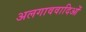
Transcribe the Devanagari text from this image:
अलगाववादिओं